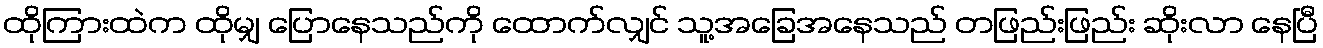
ထိုကြားထဲက ထိုမျှ ပြောနေသည်ကို ထောက်လျှင် သူ့အခြေအနေသည် တဖြည်းဖြည်း ဆိုးလာ နေပြီ